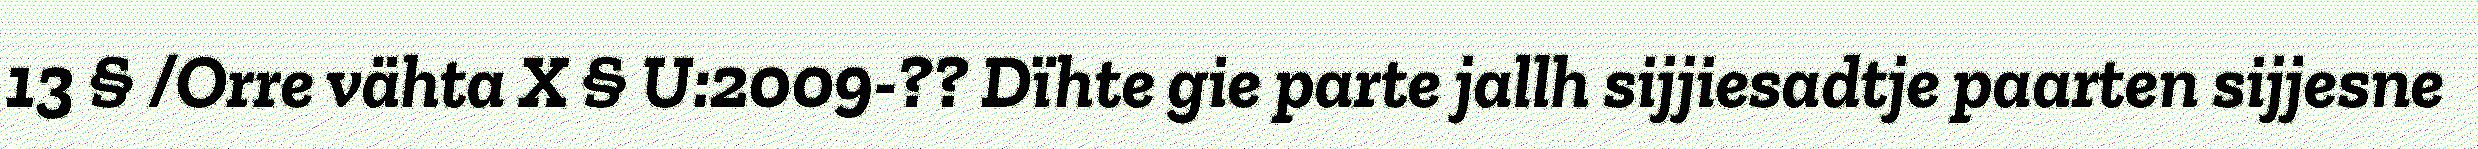
13 § /Orre vähta X § U:2009-?? Dïhte gie parte jallh sijjiesadtje paarten sijjesne